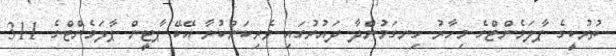
ތުރުކީގެ ޕާލަމެންޓްގެ މިހާރު ހިނގަމުންދާ ދައުރުގައި ވެރިކަންކުރާ އޭކޭ ޕާޓީން ޕާލަމެންޓްގެ 311